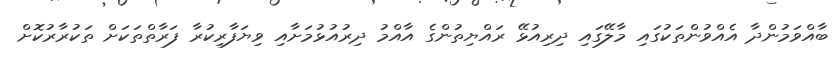
ބާއްވަމުންދާ އެއްވުންތަކުގައި މާލޭގައި ދިރިއުޅޭ ރައްޔިތުންގެ އާއްމު ދިރުއުޅުމަށާއި ވިޔަފާރިކުރާ ފަރާތްތަކަށް ތަކުރާރުކޮށް